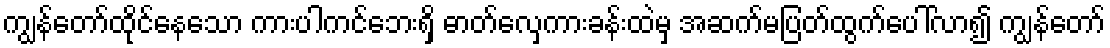
ကျွန်တော်ထိုင်နေသော ကားပါကင်ဘေးရှိ ဓာတ်လှေကားခန်းထဲမှ အဆက်မပြတ်ထွက်ပေါ်လာ၍ ကျွန်တော်